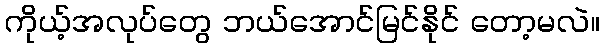
ကိုယ့်အလုပ်တွေ ဘယ်အောင်မြင်နိုင် တော့မလဲ။